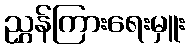
ညွှန်ကြားရေးမှူး